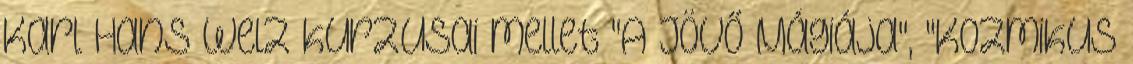
Karl Hans Welz kurzusai mellet "A Jövő Mágiája", "Kozmikus